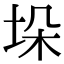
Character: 垛